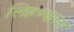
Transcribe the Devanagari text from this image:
लिहण्याच्या